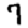
Digit: 7